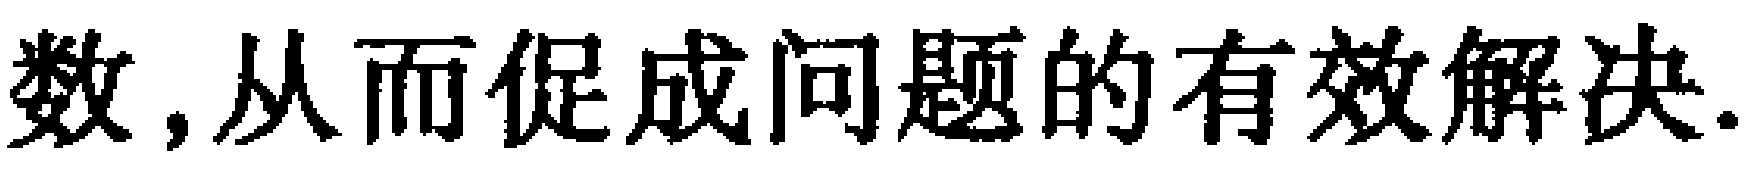
数,从而促成问题的有效解决.